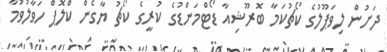
ދަށުން ލިވަޕޫލުގެ ކޯޗުކަމާ ބޮރޫޝިއާ ޑޯޓްމަންޑުގެ ކުރީގެ ކޯޗު ޔާގެން ކްލޮޕް ހަވާލުވުމާ